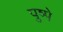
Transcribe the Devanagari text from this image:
पुष्पे